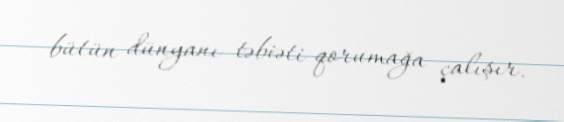
bütün dünyanı təbiəti qorumağa çalışır.